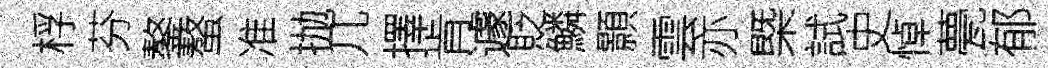
桴芬鏊螯准抛几擇肯遽貶鱗顥雲亦㮣試史悼甍郁